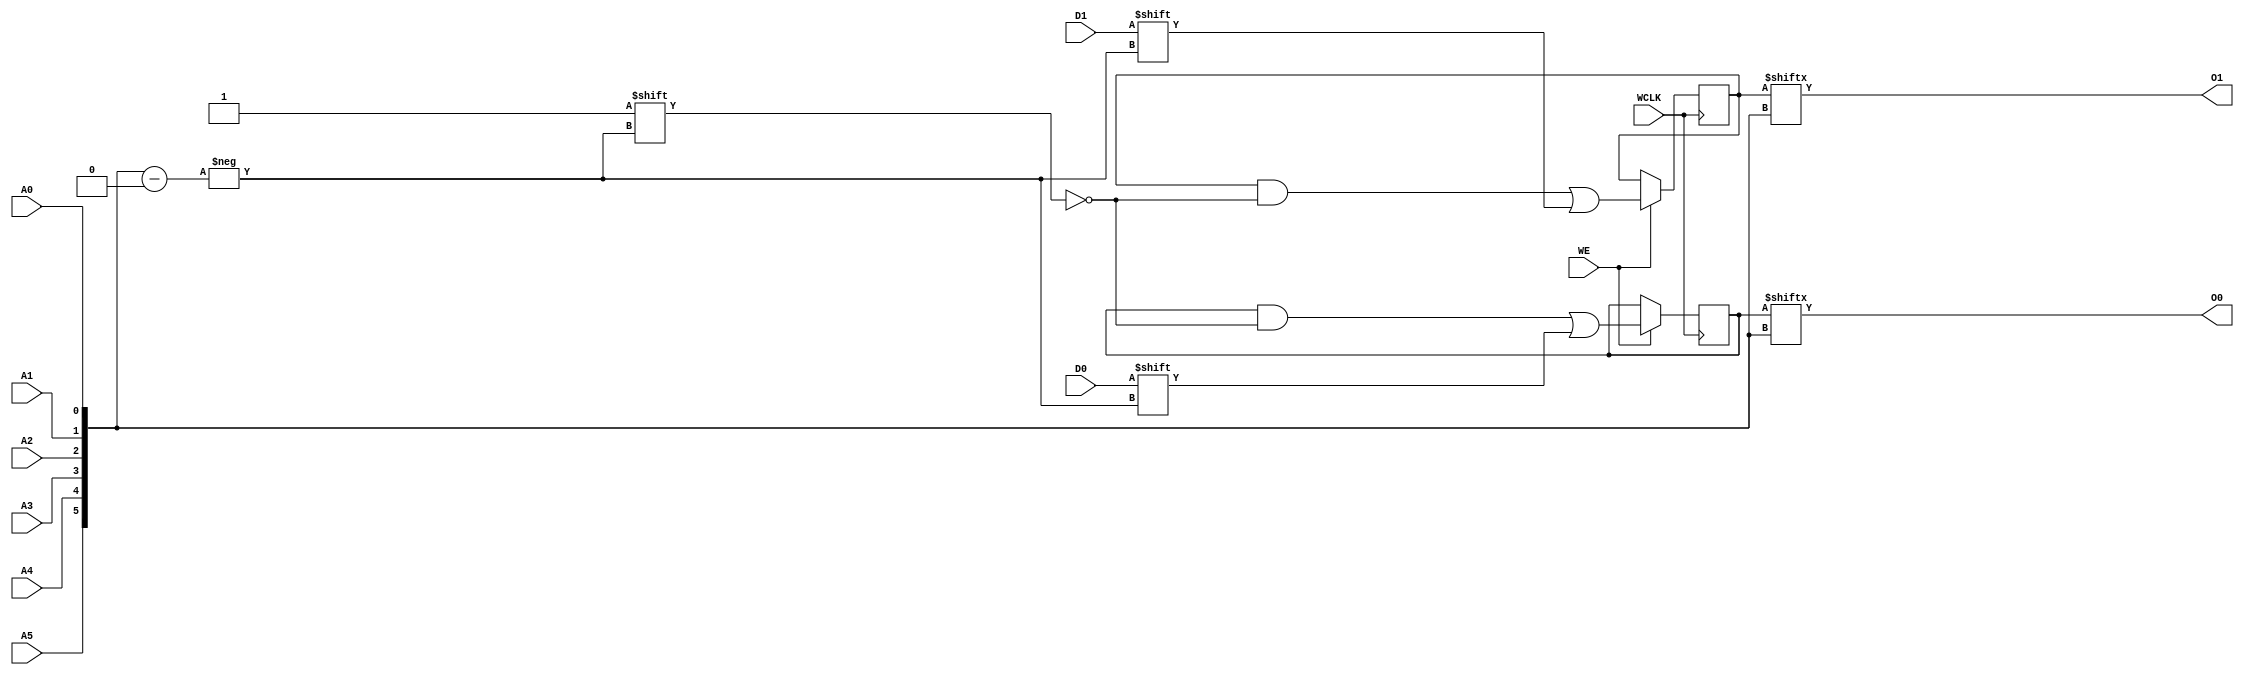
// $Header: /devl/xcs/repo/env/Databases/CAEInterfaces/verunilibs/data/unisims/RAM64X2S.v,v 1.8 2005/03/14 22:32:58 yanx Exp $
///////////////////////////////////////////////////////////////////////////////
// Copyright (c) 1995/2004 Xilinx, Inc.
// All Right Reserved.
///////////////////////////////////////////////////////////////////////////////
//   ____  ____
//  /   /\/   /
// /___/  \  /    Vendor : Xilinx
// \   \   \/     Version : 10.1
//  \   \         Description : Xilinx Functional Simulation Library Component
//  /   /                  Static Synchronous RAM 64-Deep by 2-Wide
// /___/   /\     Filename : RAM64X2S.v
// \   \  /  \    Timestamp : Thu Mar 25 16:43:34 PST 2004
//  \___\/\___\
//
// Revision:
//    03/23/04 - Initial version.
//    02/04/05 - Rev 0.0.1 Remove input/output bufs; Remove for-loop in initial block;
// End Revision

`timescale  1 ps / 1 ps


module RAM64X2S (O0, O1, A0, A1, A2, A3, A4, A5, D0, D1, WCLK, WE);

    parameter INIT_00 = 64'h0000000000000000;
    parameter INIT_01 = 64'h0000000000000000;

    output O0, O1;

    input  A0, A1, A2, A3, A4, A5, D0, D1, WCLK, WE;

    reg  [63:0] mem1;
    reg  [63:0] mem2;

    wire [5:0] adr;

    assign adr = {A5, A4, A3, A2, A1, A0};
    assign O0 = mem1[adr];
    assign O1 = mem2[adr];

    initial  begin
        mem1 = INIT_00;
        mem2 = INIT_01;
    end

    always @(posedge WCLK) 
        if (WE == 1'b1) begin
            mem1[adr] <= #100 D0;
            mem2[adr] <= #100 D1;
        end

endmodule